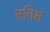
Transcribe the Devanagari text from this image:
नचिम